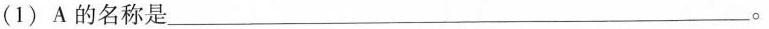
(1)A的名称是___。